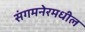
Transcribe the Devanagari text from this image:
संगमनेरमधील